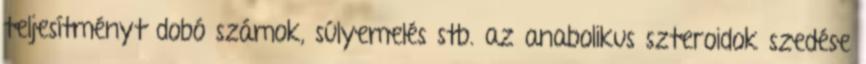
teljesítményt dobó számok, súlyemelés stb. az anabolikus szteroidok szedése